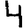
Digit: 4